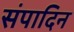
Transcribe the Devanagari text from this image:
संपादिन